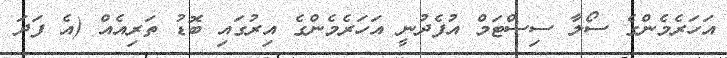
އަހަރެމެންގެ ސޯލާ ސިސްޓަމް އުފެދުނީ އަހަރެމެންގެ އިރުގައި ބޮޑު ތަރިއެއް (އެ ފަދަ